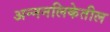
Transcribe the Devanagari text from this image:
अन्ननलिकेतील